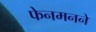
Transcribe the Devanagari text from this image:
फेनमनने